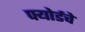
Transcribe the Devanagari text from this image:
फ्योर्डचे